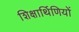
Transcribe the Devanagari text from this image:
शिक्षार्थिणियों